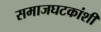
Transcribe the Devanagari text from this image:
समाजघटकांशी